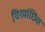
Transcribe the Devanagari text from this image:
चिरवांछित